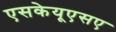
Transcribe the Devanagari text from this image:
एसकेयूएसए